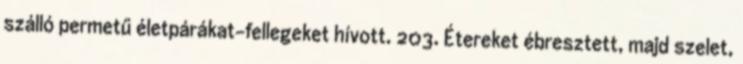
szálló permetű életpárákat-fellegeket hívott. 203. Étereket ébresztett, majd szelet,